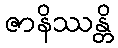
ဇာနိဿန္တိ